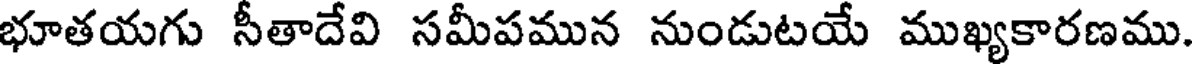
భూతయగు సీతాదేవి సమీపమున నుండుటయే ముఖ్యకారణము.